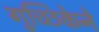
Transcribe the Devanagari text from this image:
गुच्छिकेने